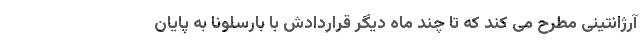
آرژانتینی مطرح می کند که تا چند ماه دیگر قراردادش با بارسلونا به پایان